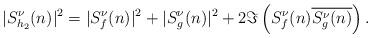
LaTeX: \begin{align*} |S^\nu_{h_2}(n)|^2 = |S^\nu_f(n)|^2+|S^\nu_g(n)|^2 +2\Im\left( S^\nu_f(n)\overline{S^\nu_g(n)}\right).\end{align*}